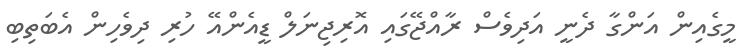
މީގެއިން އަންގާ ދެނީ އަދިވެސް ރާއްޖޭގައި އޮރިޖިނަލް ޑީއެންއޭ ހުރި ދިވެހިން އެބަތިބި